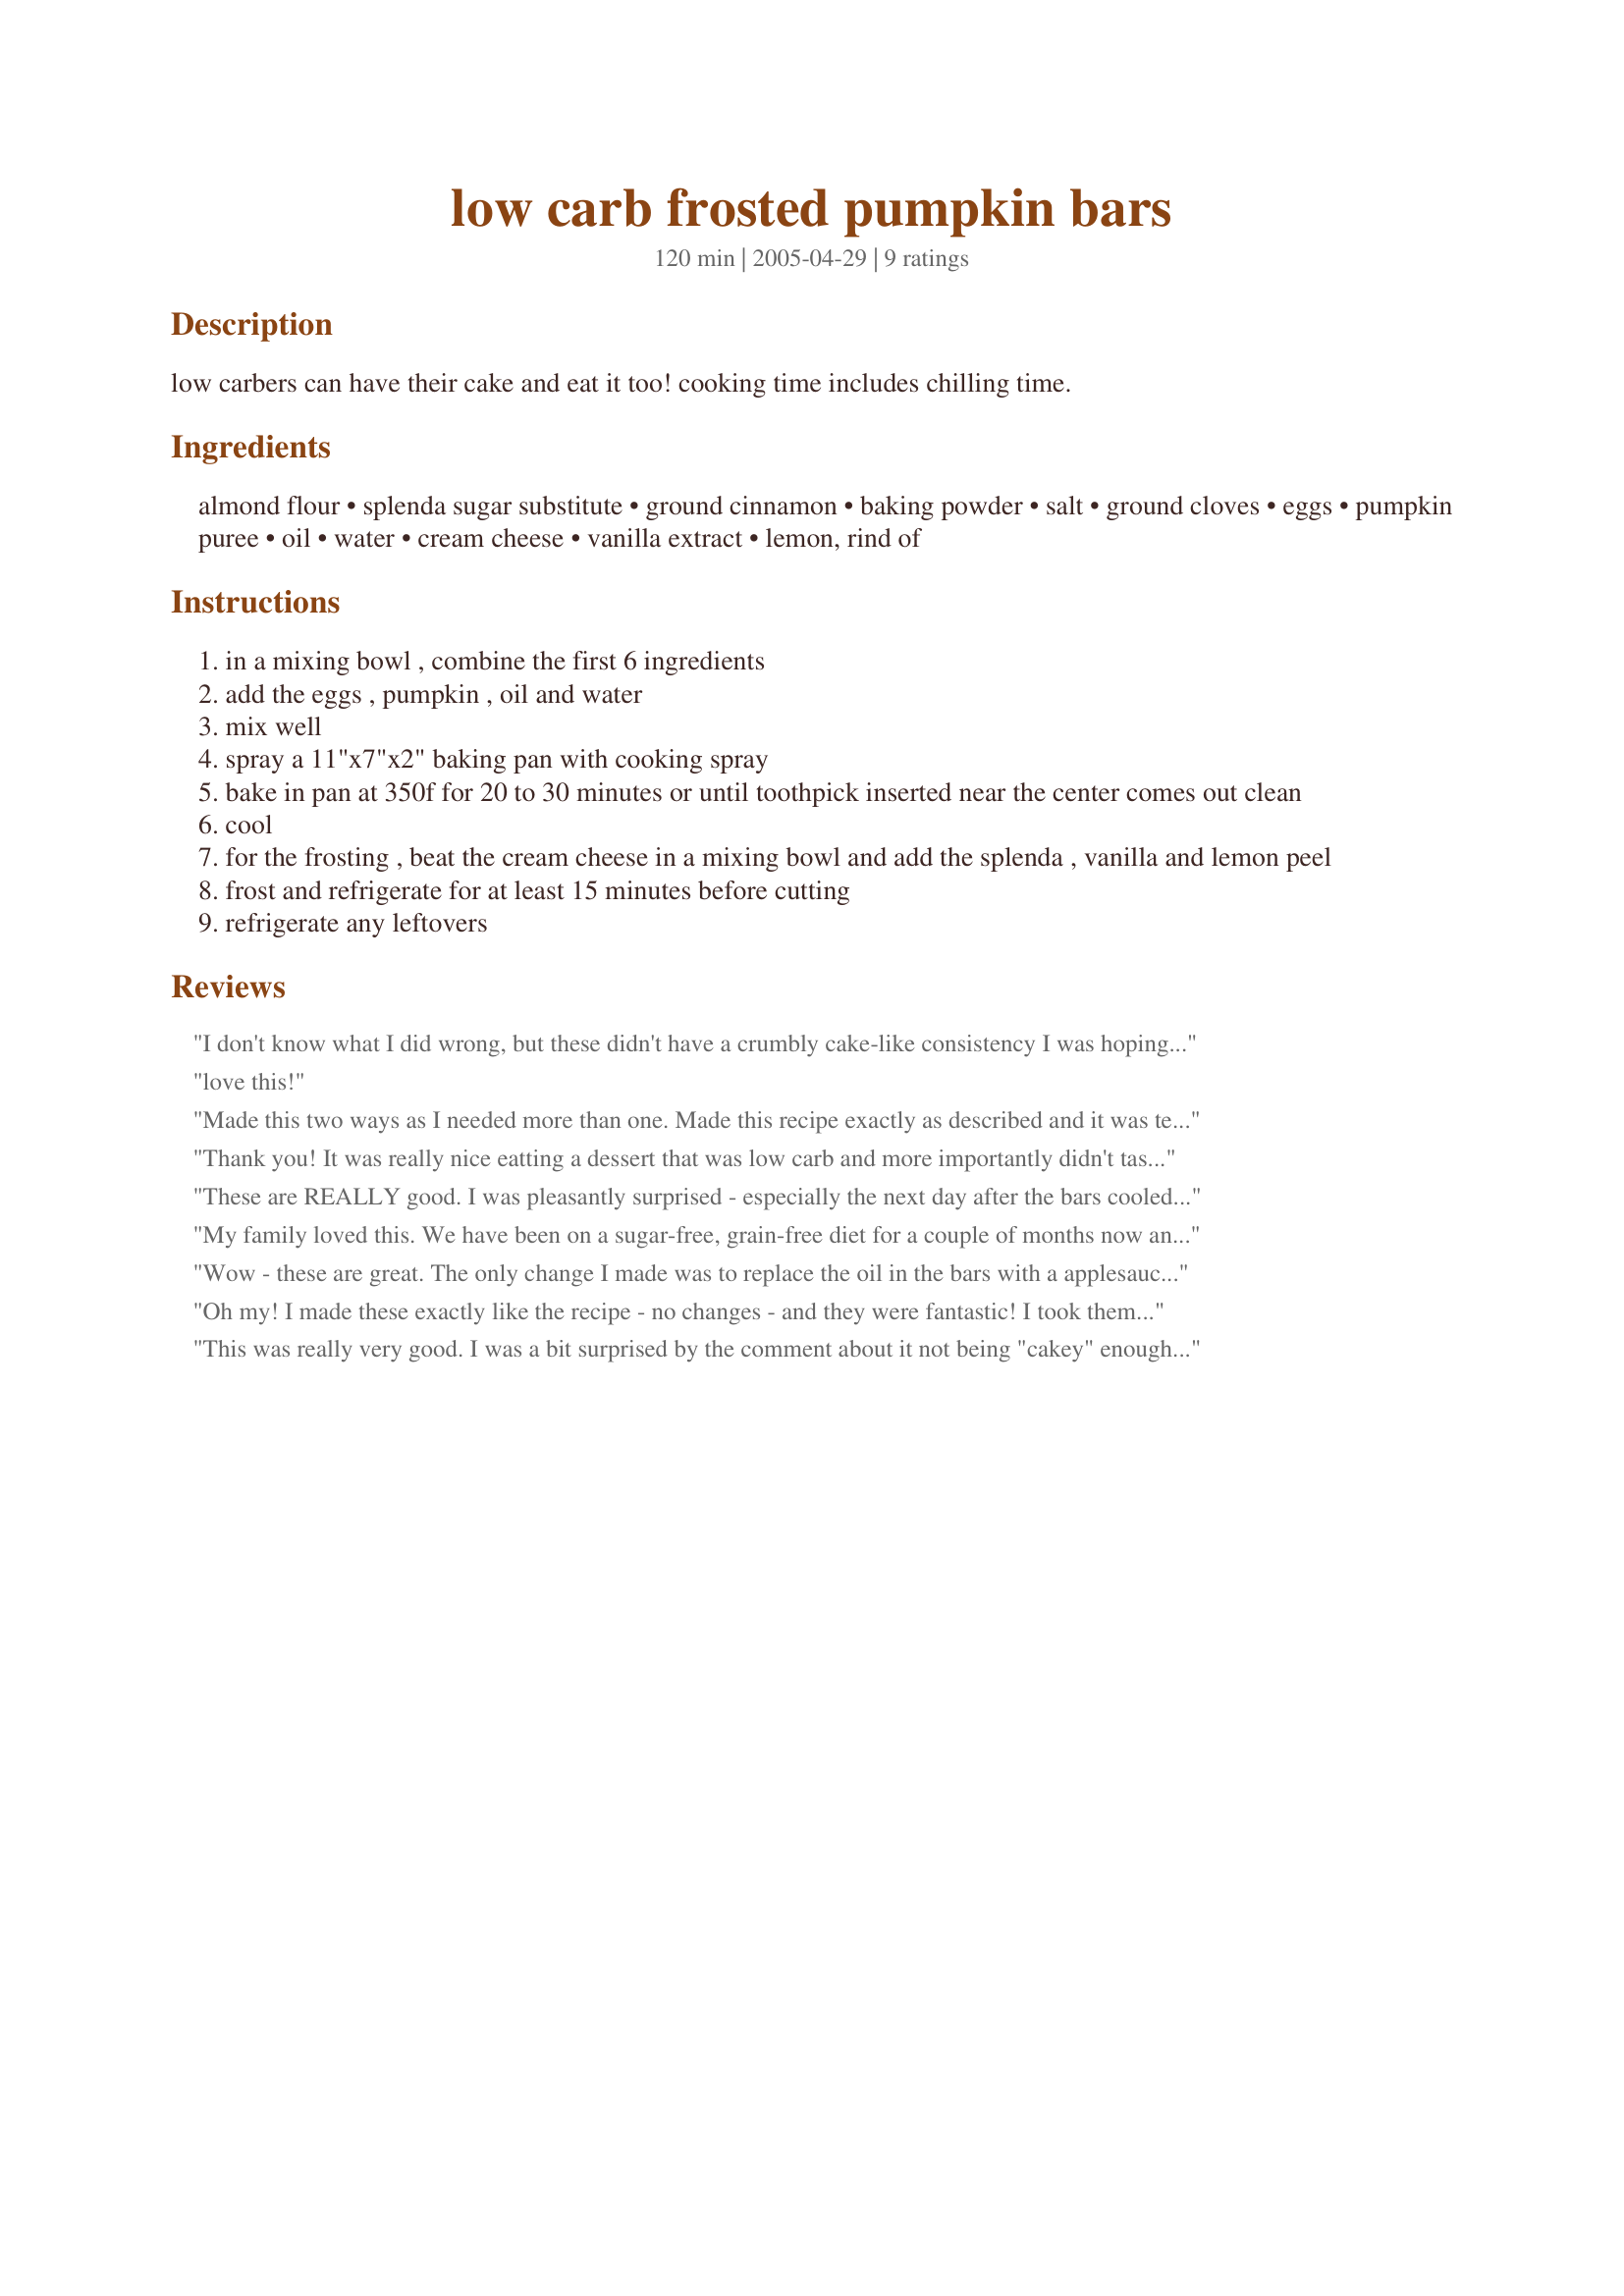
low carb frosted pumpkin bars
Preparation time: 120 minutes

low carbers can have their cake and eat it too! cooking time includes chilling time.

Ingredients:
almond flour, splenda sugar substitute, ground cinnamon, baking powder, salt, ground cloves, eggs, pumpkin puree, oil, water, cream cheese, vanilla extract, lemon, rind of

Steps:
in a mixing bowl , combine the first 6 ingredients
add the eggs , pumpkin , oil and water
mix well
spray a 11"x7"x2" baking pan with cooking spray
bake in pan at 350f for 20 to 30 minutes or until toothpick inserted near the center comes out clean
cool
for the frosting , beat the cream cheese in a mixing bowl and add the splenda , vanilla and lemon peel
frost and refrigerate for at least 15 minutes before cutting
refrigerate any leftovers

Reviews:
I don't know what I did wrong, but these didn't have a crumbly cake-like consistency I was hoping for. More like pumpkin pie filling. It also had a very strong artificial sweetener taste. Unless someone knows what I may have done wrong, I will keep looking.
love this!
Made this two ways as I needed more than one. Made this recipe exactly as described and it was terrific. Then, I switched up the frosting, and instead of using the lemon rind I omitted it, frosted the bars and topped them with cinnamon sugar! Both were great! The one with cinnamon sugar was perfect as a festive dessert for Thanksgiving. Very pretty! Thanks so much for this great recipe! It's a hit...
Thank you! It was really nice eatting a dessert that was low carb and more importantly didn't taste low carb. I was really craving the spices and flavors of fall and this recipe really delivered for me. Instead of the recommended pan I used a 8x8 pan for fear that if I didn't the bar would be too thin. It still turned out great. I also added chopped walnuts after frosting as well. I highly recommend allowing this to cool off properly so that it doesn't taste overly like splenda. Just like spaghetti..this recipe kept getting better and better each day it sat in the fridge..which really wasn't long at all by the time we ended up finishing it off. <br/>Thank you for sharing this recipe!
These are REALLY good. I was pleasantly surprised - especially the next day after the bars cooled overnight. Yum! Thanks so much for sharing. When factoring in the almond flour, a serving of 15 yielded 163 calories and 9 carbs each (according to MyFitnessPal recipe calculator. Thanks again!
My family loved this. We have been on a sugar-free, grain-free diet for a couple of months now and this recipe is a new favorite. I did not have pumpkin on hand, so used sweet potato puree and it was delicious. My nine-year-old suggested we try it with apple sauce next time; which sounds yummy, as well. For sweetener, I used 1/2 stevia and 1/2 xylitol and I used coconut oil. I love that it tastes like a dessert, but is healthy enough for my daughter to eat for breakfast. She preferred it without the cream cheese icing, but the rest of us liked the icing with some pecans on top. Thank you so much for posting.
Wow - these are great. The only change I made was to replace the oil in the bars with a applesauce. I thought they would be moist enough and I didnt need the extra fat cals. I also added cinnamon to the frosting. I can't say enough about these. I was looking for something for the holidays, but I know I will make these all year long because I love pumpkin!! I imagine these would be tasty using sweet potato or butternut squash....something to try.
Oh my! I made these exactly like the recipe - no changes - and they were fantastic! I took them to a ladies' potluck/fellowship night at our church and everyone loved them! Can't believe their guilt free! My husband really loved them too! Thank you soooooo much! We will be making these regularly! 

P.S. Although they are good with only a little chilling - they seem to taste even better after being chilled longer. If you can, chill for a few hours or overnight. If you can't do longer than 15 minutes, don't worry - they are still delicious!
This was really very good. I was a bit surprised by the comment about it not being "cakey" enough. Most bars, low or high carb, aren't like cake. Also, based on ingredient list, there is nothing that would make them cake-like.<br/><br/>For those who are unhappy with Splenda aftertaste, try combining Splenda with another artificial sweetener (stevia, xylitol, erithritol). The action of combining two or more sweeteners tends to reduce the chemical taste (or bitterness, or "cooling"--depending on the particular sweetener).
